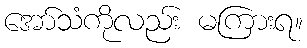
အော်သံကိုလည်း မကြားရ။